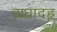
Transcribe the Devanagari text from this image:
ह्यधादहृ